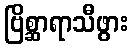
ဗြိစ္ဆာရာသီဖွား